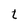
Character: t